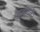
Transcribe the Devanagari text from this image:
जुतवाते